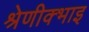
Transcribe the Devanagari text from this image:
श्रेणीक्भाइ